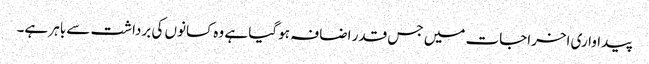
پیداواری اخراجات میں جس قدر اضافہ ہو گیا ہے وہ کسانوں کی برداشت سے باہر ہے۔